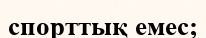
спорттық емес;